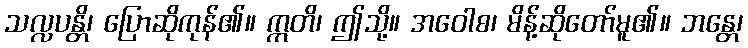
သလ္လပန္တိ၊ ပြောဆိုကုန်၏။ ဣတိ၊ ဤသို့။ အဝေါစ၊ မိန့်ဆိုတော်မူ၏။ ဘန္တေ၊